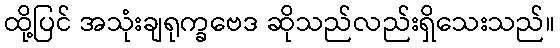
ထို့ပြင် အသုံးချရုက္ခဗေဒ ဆိုသည်လည်းရှိသေးသည်။